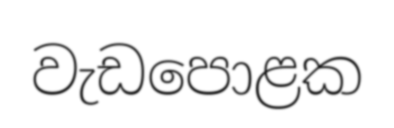
වැඩපොළක